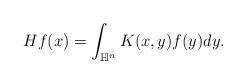
LaTeX: \begin{align*}Hf(x)=\int_{\mathbb{H}^{n}}K(x,y)f(y)d y.\end{align*}